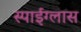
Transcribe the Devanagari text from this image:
स्पाईग्लास